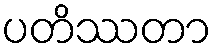
ပတိဿတာ